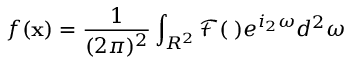
f ( { \bf x } ) = \frac { 1 } { ( 2 \pi ) ^ { 2 } } \int _ { R ^ { 2 } } { \mathcal F } ( { \bf \omega } ) e ^ { i _ { 2 } \omega } d ^ { 2 } { \omega } \,